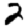
Digit: 2